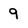
Character: 9